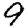
Digit: 9